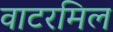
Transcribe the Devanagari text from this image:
वाटरमिल